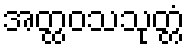
အတ္ထဝသသုတ္တံ